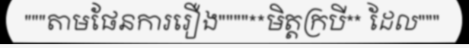
"""តាមផែនការរឿង""""**មិត្តក្របី** ដែល"""